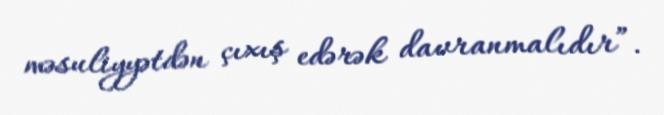
məsuliyyətdən çıxış edərək davranmalıdır”.